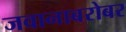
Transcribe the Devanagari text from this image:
जवानाबरोबर